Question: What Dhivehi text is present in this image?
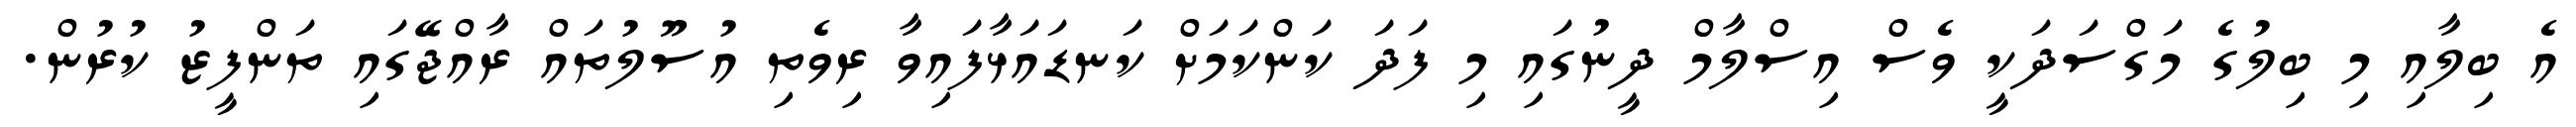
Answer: އެ ބިލާއި މި ބިލުގެ މަގްސަދަކީ ވެސް އިސްލާމް ދީނުގައި މި ފަދަ ކަންކަމަށް ކަނޑައަޅާފައިވާ ރިވެތި އުސޫލުތައް ރާއްޖޭގައި ތަންފީޒު ކުރުން.